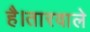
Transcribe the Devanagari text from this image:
है।तारवाले